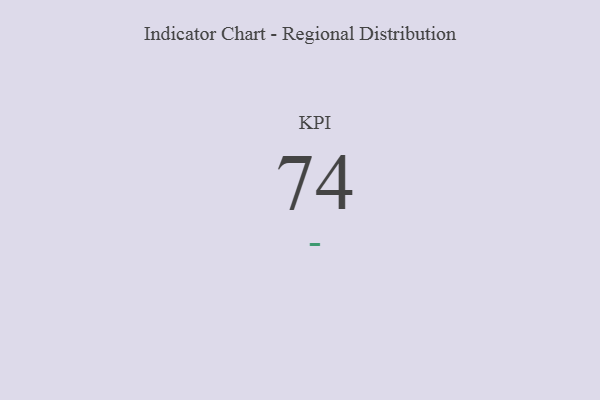
{"axis": {"x": "KPI", "y": "Value"}, "legend": [""], "data": [{"x": "KPI", "y": 74, "type": ""}]}